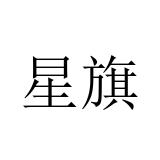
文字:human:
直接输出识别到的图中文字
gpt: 星旗